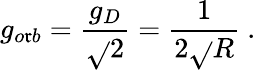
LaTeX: g_{o\mathfrak{r}b}=\frac{{g_{D}}}{{\sqrt{}{{2}}}}=\frac{{1}}{{2\sqrt{}{{R}}}}\ .